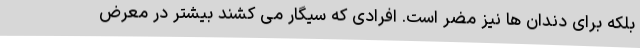
بلکه برای دندان ها نیز مضر است. افرادی که سیگار می کشند بیشتر در معرض